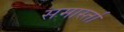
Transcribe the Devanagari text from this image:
समार्स्ता